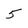
Character: 5